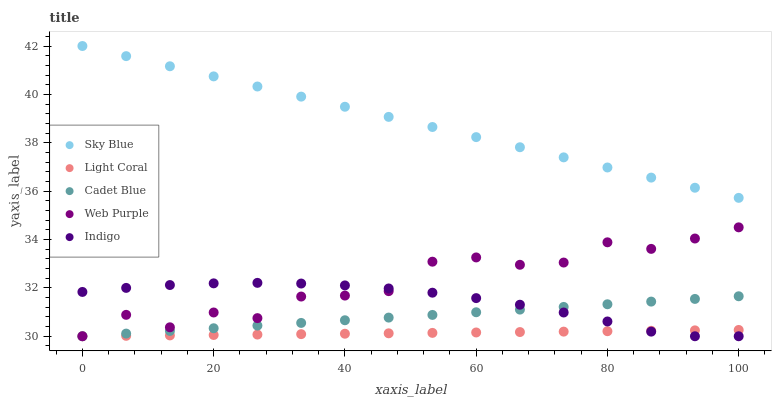
| xaxis_label | Sky Blue | Light Coral | Cadet Blue | Web Purple | Indigo |
 | --- | --- | --- | --- | --- | --- |
 | 0 | 42 | 30 | 30 | 30 | 31.8 |
 | 6.67 | 41.6 | 30 | 30.1 | 30.9 | 32 |
 | 13.3 | 41.2 | 30 | 30.2 | 30.4 | 32.1 |
 | 20 | 40.7 | 30.1 | 30.3 | 31 | 32.2 |
 | 26.7 | 40.3 | 30.1 | 30.4 | 30.7 | 32.2 |
 | 33.3 | 39.9 | 30.1 | 30.6 | 31.6 | 32.2 |
 | 40 | 39.5 | 30.1 | 30.7 | 31.7 | 32.1 |
 | 46.7 | 39.1 | 30.1 | 30.8 | 31.9 | 32 |
 | 53.3 | 38.7 | 30.1 | 30.9 | 33.1 | 31.8 |
 | 60 | 38.2 | 30.2 | 31 | 33.3 | 31.6 |
 | 66.7 | 37.8 | 30.2 | 31.1 | 33 | 31.3 |
 | 73.3 | 37.4 | 30.2 | 31.2 | 33 | 31 |
 | 80 | 37 | 30.2 | 31.3 | 33.9 | 30.6 |
 | 86.7 | 36.6 | 30.2 | 31.4 | 33.6 | 30.2 |
 | 93.3 | 36.1 | 30.2 | 31.5 | 34 | 30 |
 | 100 | 35.7 | 30.3 | 31.7 | 34.5 | 30 |